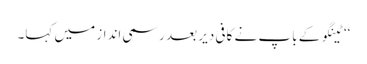
‘‘ ٹینگو کے باپ نے کافی دیر بعد رسمی انداز میں کہا۔